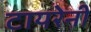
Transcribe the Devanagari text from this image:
टायरेनी